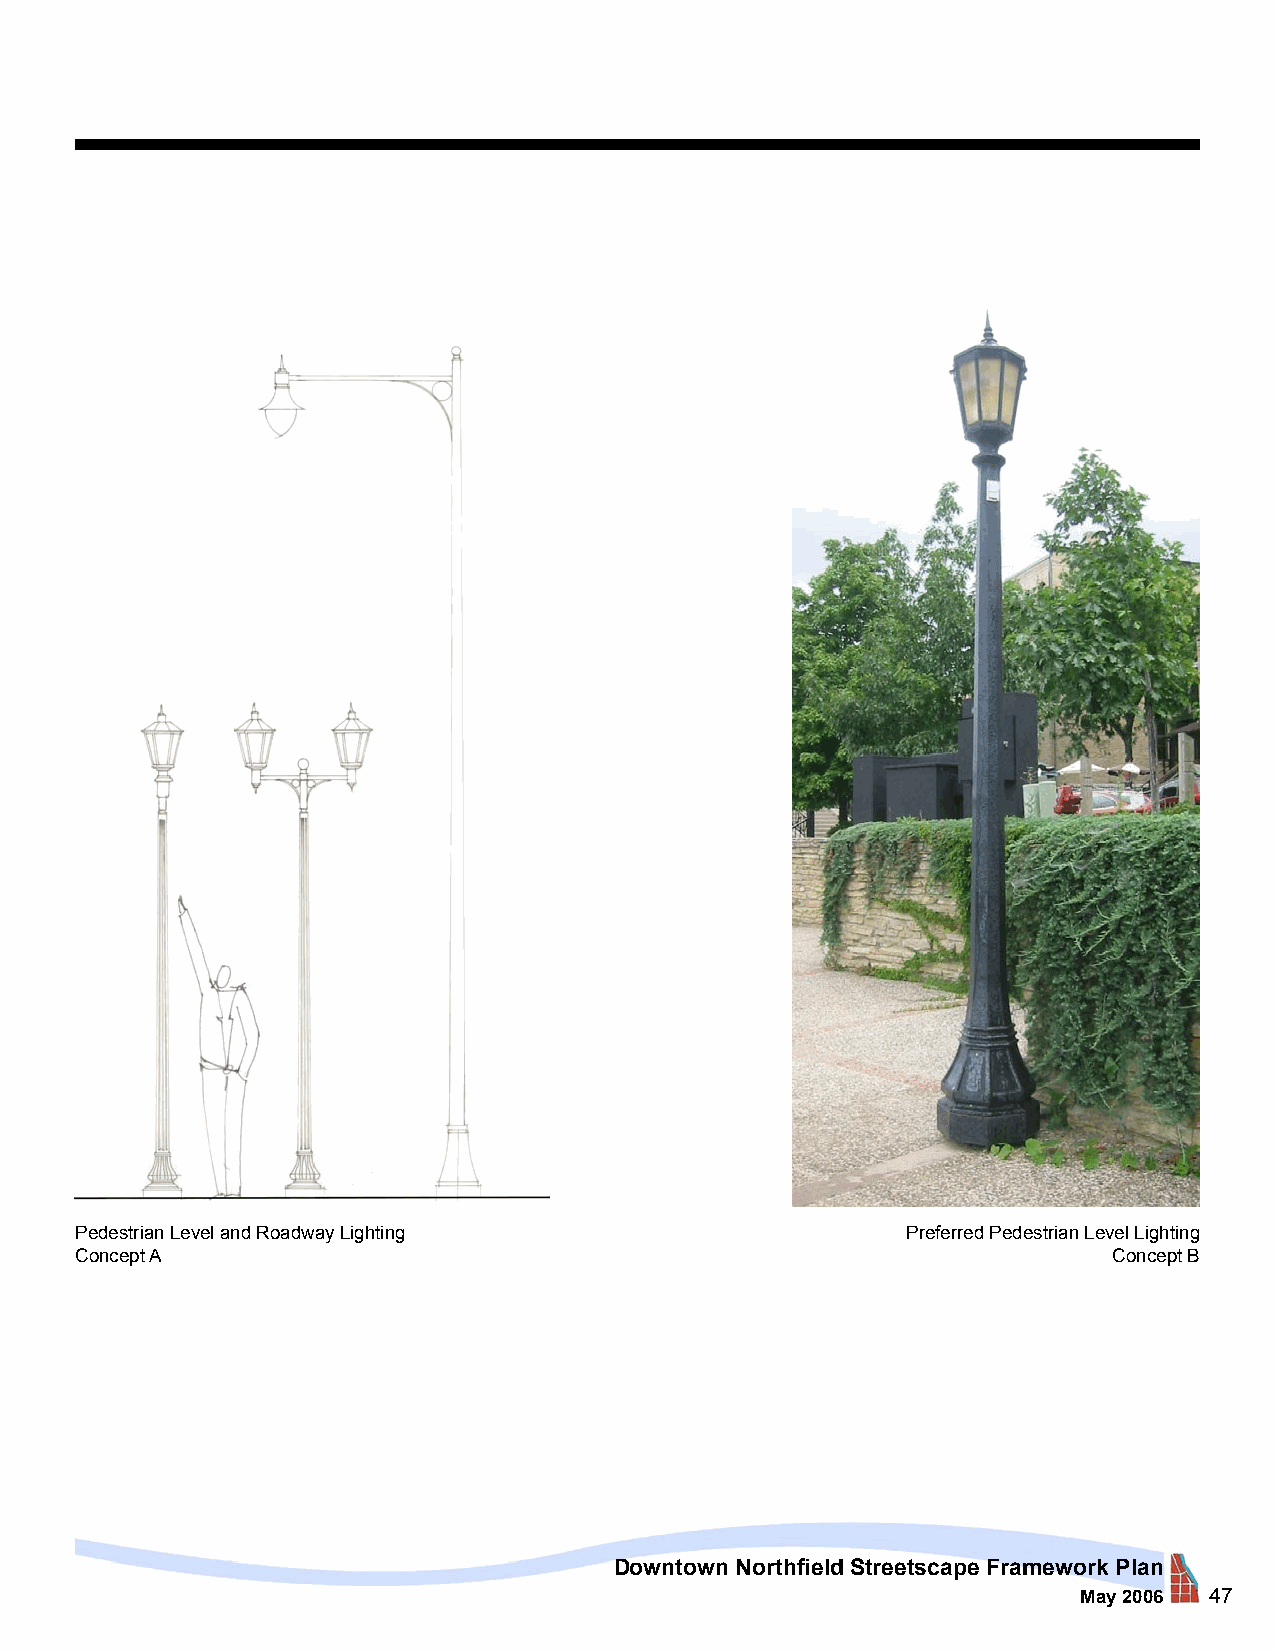
Pedestrian Level and Roadway Lighting                  Preferred Pedestrian Level Lighting
 Concept A                                                            Concept B
 Downtown Northfield Streetscape Framework Plan
 May 2006 47